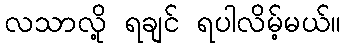
လသာလို့ ရချင် ရပါလိမ့်မယ်။